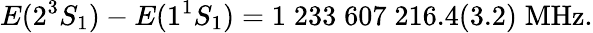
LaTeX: E(2^{3}S_{1})-E(1^{1}S_{1})=1\; 233\; 607\; 216.4(3.2)\; \mathrm{MHz}.